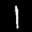
Label: 1